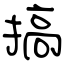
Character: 搞